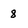
Character: 8